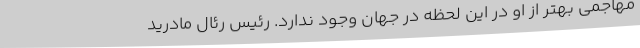
مهاجمی بهتر از او در این لحظه در جهان وجود ندارد. رئیس رئال مادرید